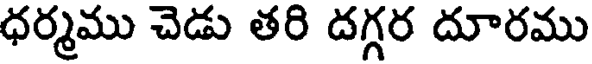
ధర్మము చెడు తరి దగ్గర దూరము